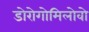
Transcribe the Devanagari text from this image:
डोरोगोमिलोवो